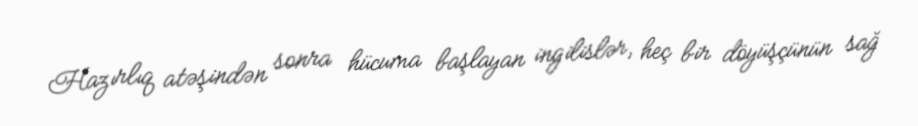
Hazırlıq atəşindən sonra hücuma başlayan ingilislər, heç bir döyüşçünün sağ